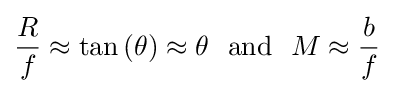
{\frac {R}{f}}\approx \tan \left(\theta \right)\approx \theta ~~{\text{and}}~~M\approx {\frac {b}{f}}